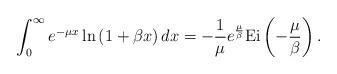
LaTeX: \begin{align*} \int\nolimits_0^\infty {{e^{ - \mu x}}\ln \left( {1 + \beta x} \right)dx} = -{\frac{1}{\mu}}e^{\frac{\mu}{\beta}}{\rm Ei}\left(-{\frac{\mu}{\beta}}\right).\end{align*}